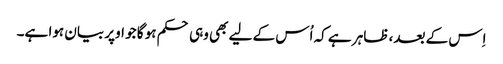
اِس کے بعد، ظاہر ہے کہ اُس کے لیے بھی وہی حکم ہو گا جو اوپر بیان ہوا ہے۔